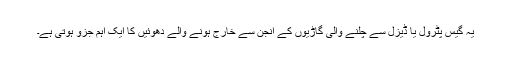
یہ گیس پٹرول یا ڈیزل سے چلنے والی گاڑیوں کے انجن سے خارج ہونے والے دھوئیں کا ایک اہم جزو ہوتی ہے۔